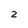
Character: 2